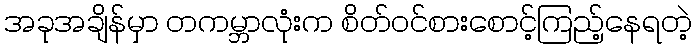
အခုအချိန်မှာ တကမ္ဘာလုံးက စိတ်ဝင်စားစောင့်ကြည့်နေရတဲ့